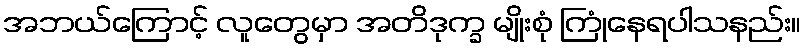
အဘယ်ကြောင့် လူတွေမှာ အတိဒုက္ခ မျိုးစုံ ကြုံနေရပါသနည်း။